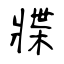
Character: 牃